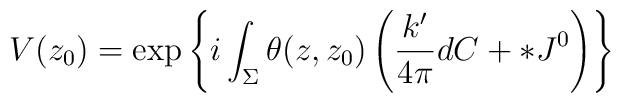
V(z_0) = \exp\left\{ i\int_{\Sigma}\theta(z,z_0)\left(\frac{k'}{4\pi}dC+*J^0\right)\right\}